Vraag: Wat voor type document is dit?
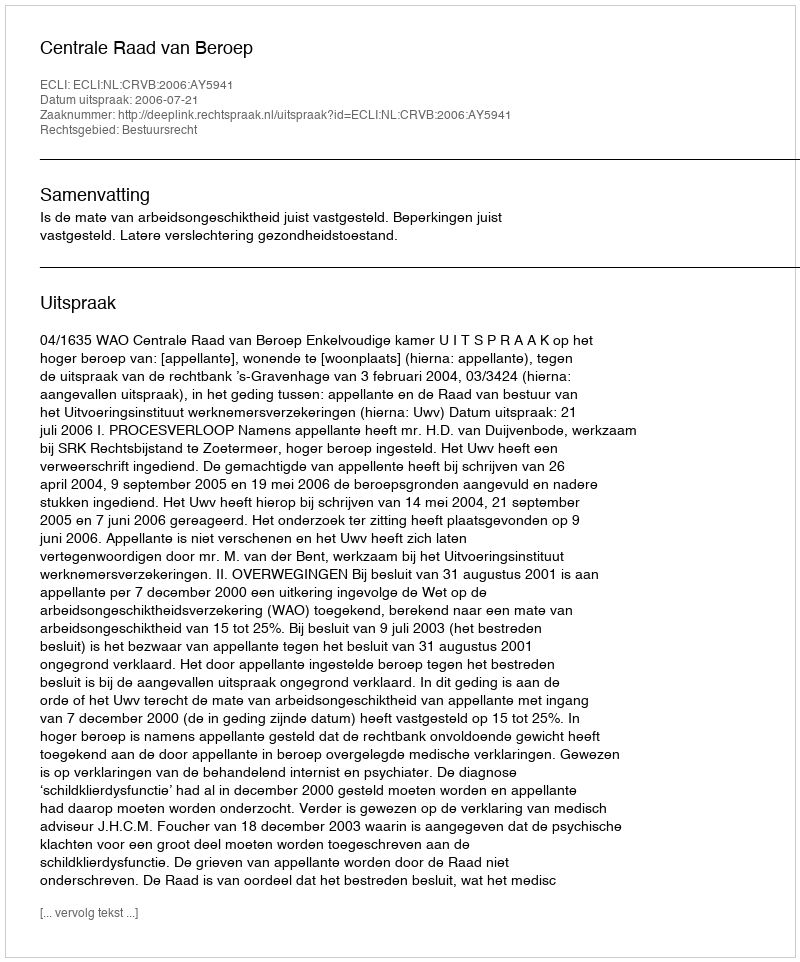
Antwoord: Uitspraak